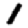
Digit: 1